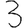
Digit: 3